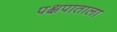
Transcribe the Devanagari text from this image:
पक्षपाताला